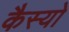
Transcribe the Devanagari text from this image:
कैस्‍यो